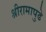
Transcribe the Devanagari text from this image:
श्रीरामापुढे